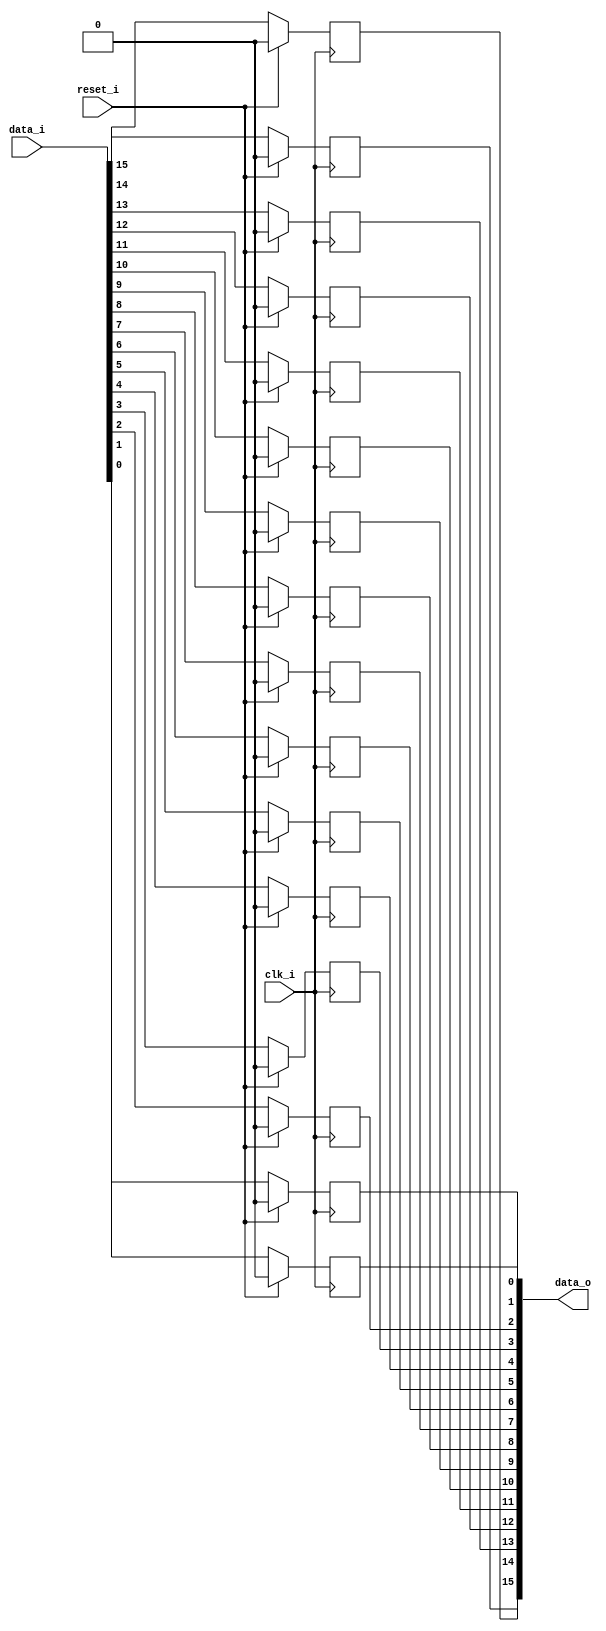
// This program was cloned from: https://github.com/chipsalliance/synlig
// License: Apache License 2.0

/* Generated by Yosys 0.27+9 (git sha1 101d19bb6, gcc 11.2.0-7ubuntu2 -fPIC -Os) */

(* top =  1  *)

module bsg_dff_reset(clk_i, reset_i, data_i, data_o);
  
  input clk_i;
  wire clk_i;
  
  input [15:0] data_i;
  wire [15:0] data_i;
  
  output [15:0] data_o;
  wire [15:0] data_o;
  
  reg [15:0] data_r;
  
  input reset_i;
  wire reset_i;
  
  always @(posedge clk_i)
    if (reset_i) data_r[0] <= 1'h0;
    else data_r[0] <= data_i[0];
  
  always @(posedge clk_i)
    if (reset_i) data_r[1] <= 1'h0;
    else data_r[1] <= data_i[1];
  
  always @(posedge clk_i)
    if (reset_i) data_r[2] <= 1'h0;
    else data_r[2] <= data_i[2];
  
  always @(posedge clk_i)
    if (reset_i) data_r[3] <= 1'h0;
    else data_r[3] <= data_i[3];
  
  always @(posedge clk_i)
    if (reset_i) data_r[4] <= 1'h0;
    else data_r[4] <= data_i[4];
  
  always @(posedge clk_i)
    if (reset_i) data_r[5] <= 1'h0;
    else data_r[5] <= data_i[5];
  
  always @(posedge clk_i)
    if (reset_i) data_r[6] <= 1'h0;
    else data_r[6] <= data_i[6];
  
  always @(posedge clk_i)
    if (reset_i) data_r[7] <= 1'h0;
    else data_r[7] <= data_i[7];
  
  always @(posedge clk_i)
    if (reset_i) data_r[8] <= 1'h0;
    else data_r[8] <= data_i[8];
  
  always @(posedge clk_i)
    if (reset_i) data_r[9] <= 1'h0;
    else data_r[9] <= data_i[9];
  
  always @(posedge clk_i)
    if (reset_i) data_r[10] <= 1'h0;
    else data_r[10] <= data_i[10];
  
  always @(posedge clk_i)
    if (reset_i) data_r[11] <= 1'h0;
    else data_r[11] <= data_i[11];
  
  always @(posedge clk_i)
    if (reset_i) data_r[12] <= 1'h0;
    else data_r[12] <= data_i[12];
  
  always @(posedge clk_i)
    if (reset_i) data_r[13] <= 1'h0;
    else data_r[13] <= data_i[13];
  
  always @(posedge clk_i)
    if (reset_i) data_r[14] <= 1'h0;
    else data_r[14] <= data_i[14];
  
  always @(posedge clk_i)
    if (reset_i) data_r[15] <= 1'h0;
    else data_r[15] <= data_i[15];
  assign data_o = data_r;
endmodule